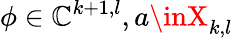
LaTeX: \phi\in\mathbb{C}^{k+1,l},a\inX_{k,l}